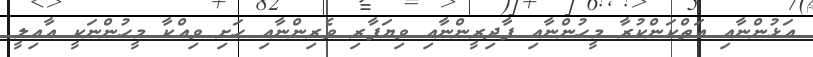
އަޅުންނާއި އަތްކަންކުރާ މީހުންނާއި ފާދިރީންނާއި ވިޔަފާރި ވެރިންނާއި ހަށި ވިއްކާ މީހުންނަކީ އާއިލީ